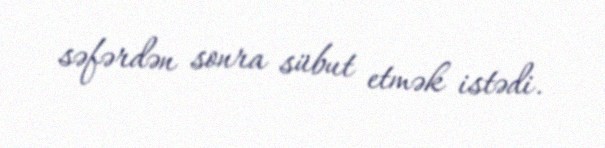
səfərdən sonra sübut etmək istədi.